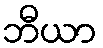
ဘီယာ